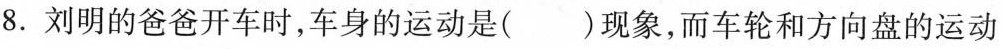
8. 刘明的爸爸开车时，车身的运动是( ) 现象，而车轮和方向盘的运动